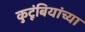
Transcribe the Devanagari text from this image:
कुटूंबियांच्या